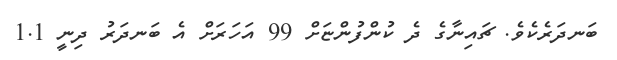
ބަނދަރެކެވެ. ޗައިނާގެ ދެ ކުންފުންޏަށް 99 އަހަރަށް އެ ބަނދަރު ދިނީ 1.1